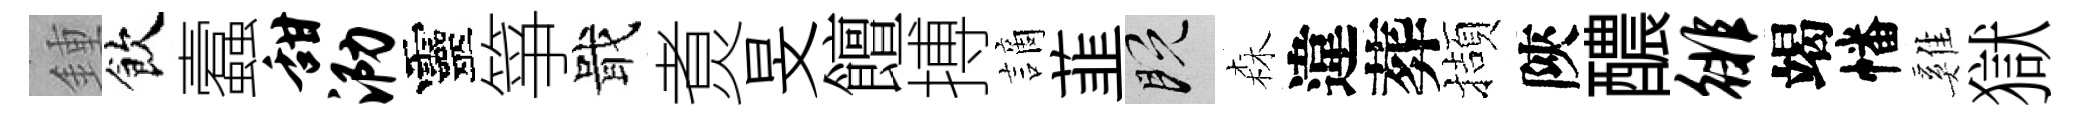
鍾飲蠧甜泐靈箏戢煑旻饘搏謫韮既森違葬擷陝醲徘竭幡雞獄